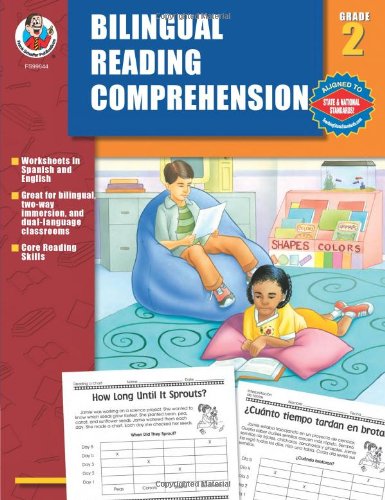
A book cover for Bilingual Reading Comprehension, Grade 2; School Specialty Publishing; Children's Books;